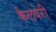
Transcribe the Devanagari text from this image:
कैलवेरी